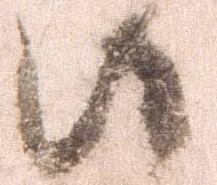
候